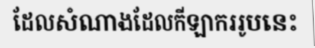
ដែលសំណាងដែលកីឡាកររូបនេះ